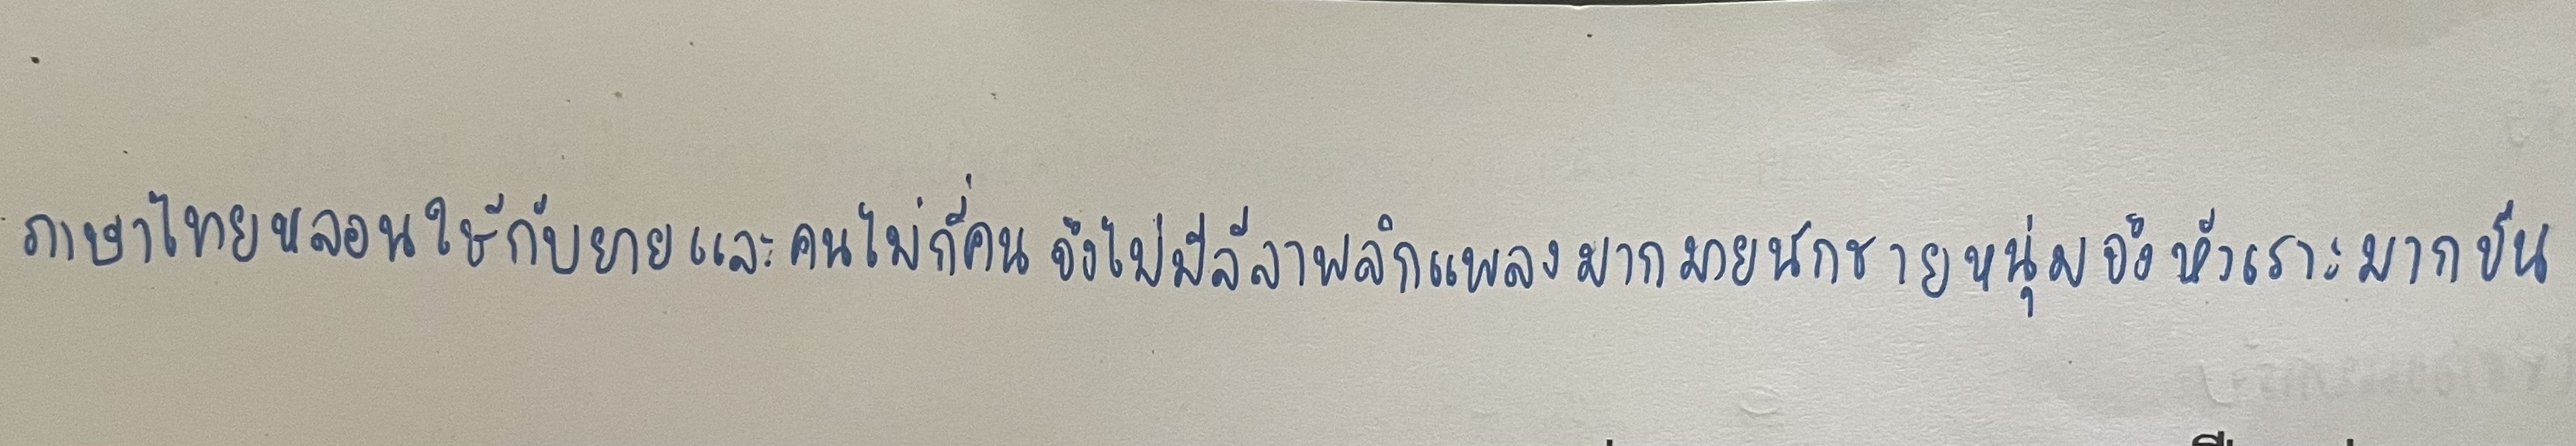
ภาษาไทยหล่อนใช้กับยายและคนไม่กี่คนจึงไม่มีลีลาพลิกแพลงมากมายนักชายหนุ่มจึงหัวเราะมากขึ้น